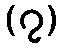
(၇)